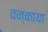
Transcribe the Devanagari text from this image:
वन्काया